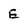
Character: e